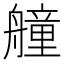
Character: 艟